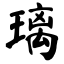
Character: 璃